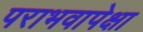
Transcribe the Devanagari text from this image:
पराभवापेक्षा